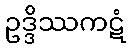
ဥဒ္ဒိဿကဋံ